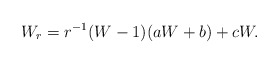
\begin{align*}W_r = r^{-1} (W - 1)(a W + b) + c W.\end{align*}